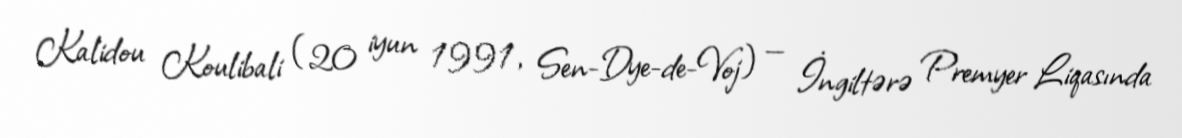
Kalidou Koulibali (20 iyun 1991, Sen-Dye-de-Voj) — İngiltərə Premyer Liqasında